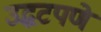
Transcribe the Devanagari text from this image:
उद्धटपणे